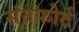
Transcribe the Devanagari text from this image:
संतफोर्ट